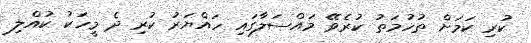
ކުރި ކަމަށް ތުހުމަތު ކުރެވޭ މައްސަލާގައި ހައްޔަރު ކުރި ދެ މީހަކު ކުއްލި